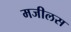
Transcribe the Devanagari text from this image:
मजीलस